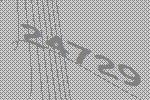
24729